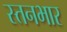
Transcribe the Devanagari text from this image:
स्तनभार